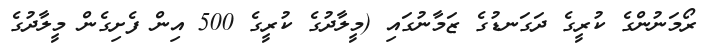
ރޯމަނުންގެ ކުރީގެ ދަގަނޑުގެ ޒަމާނުގައި (މީލާދުގެ ކުރީގެ 500 އިން ފެށިގެން މީލާދުގެ